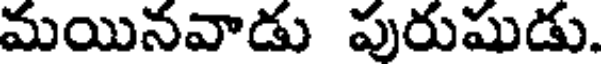
మయినవాడు పురుషుడు.